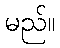
မည်။